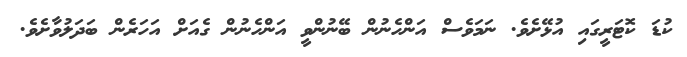
ކުޑަ ކޮޓަރީގައި އުޅޭށެވެ. ނަމަވެސް އަންހެނުން ބޭނުންވީ އަންހެނުން ގެއަށް އަހަރެން ބަދަލުވާށެވެ.